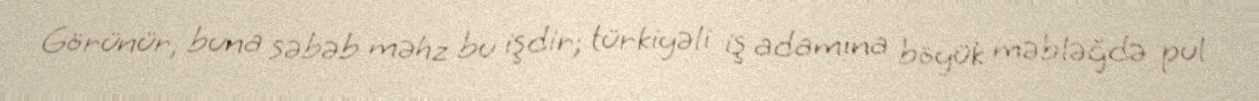
Görünür, buna səbəb məhz bu işdir; türkiyəli iş adamına böyük məbləğdə pul